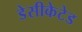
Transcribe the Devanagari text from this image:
डेसीकेटेड